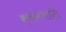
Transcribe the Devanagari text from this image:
क्षमताएं।